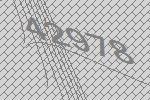
42978